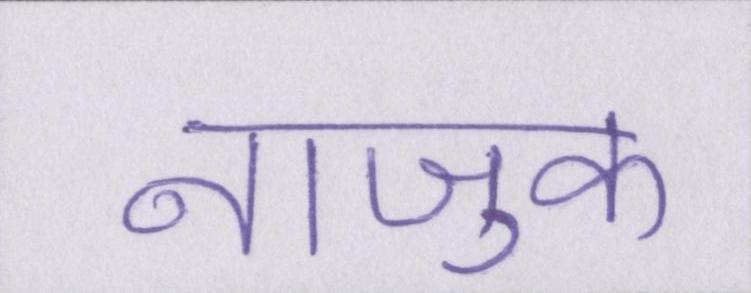
नाजुक